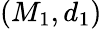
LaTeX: (M_{1},d_{1})